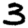
Digit: 3